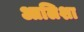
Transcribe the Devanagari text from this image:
आलिशा